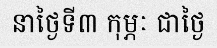
នាថ្ងៃទី៣ កុម្ភៈ ជាថ្ងៃ